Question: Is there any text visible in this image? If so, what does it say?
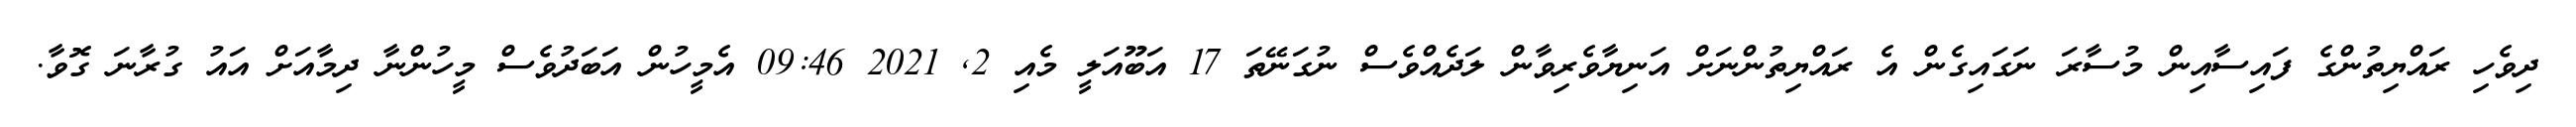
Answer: ދިވެހި ރައްޔިތުންގެ ފައިސާއިން މުސާރަ ނަގައިގެން އެ ރައްޔިތުންނަށް އަނިޔާވެރިވާން ލަދެއްވެސް ނުގަނޭތަ 17 އަބޫއަލީ މެއި 2, 2021 09:46 އެމީހުން އަބަދުވެސް މީހުންނާ ދިމާއަށް އައު ގުރާނަ ގޮވާ.